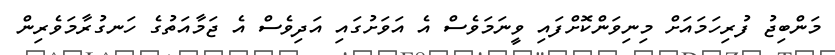
މަންބިޖު ފުރިހަމައަށް މިނިވަންކޮށްފައި ވީނަމަވެސް އެ އަވަށުގައި އަދިވެސް އެ ޖަމާއަތުގެ ހަނގުރާމަވެރިން